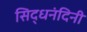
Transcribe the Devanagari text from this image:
सिद्धनंदिनी